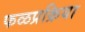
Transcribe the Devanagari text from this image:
फळप्रक्रिया